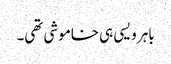
باہر ویسی ہی خاموشی تھی۔